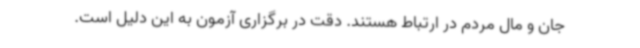
جان و مال مردم در ارتباط هستند. دقت در برگزاری آزمون به این دلیل است.